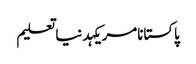
پاکستانامریکہدنیاتعلیم